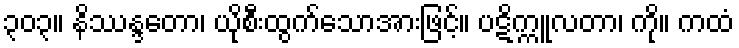
၃၀၃။ နိဿန္ဒတော၊ ယိုစီးထွက်သောအားဖြင့်။ ပဋိက္ကူလတာ၊ ကို။ ကထံ